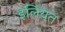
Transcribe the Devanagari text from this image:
इलियत